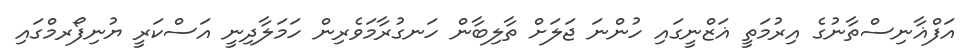
އަފްޣާނިސްތާނުގެ އިރުމަތީ ޣަޒްނީގައި ހުންނަ ޖަލަށް ތާލިބާން ހަނގުރާމަވެރިން ހަމަލާދިނީ އަސްކަރީ ޔުނިފޯރމްގައި